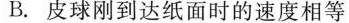
B.皮球刚到达纸面时的速度相等